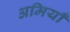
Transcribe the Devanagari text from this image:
अमियाँ